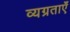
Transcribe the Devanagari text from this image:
व्यग्रताएँ